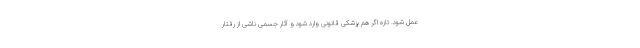
عمل شود. تازه اگر هم پزشکی قانونی وارد شود و آثار جسمی ناشی از رفتار